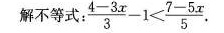
解不等式 \frac{4-3x}{3}-1< \frac{7-5x}{5}